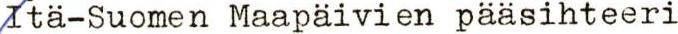
Itä-Suomen Maapäivien pääsihteeri